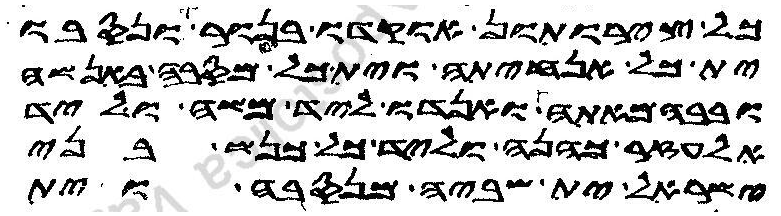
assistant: כל צירותון אוקדו בנור ונסבו
ית כל אנחיתה וית כל מסבה באנשה
ובבהמאתה ואנדו ליד משה וליד
אלעזר כהנה וליד כל כנשת בני
ישראל ית שביה וית מנסבה וית